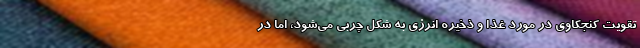
تقویت کنجکاوی در مورد غذا و ذخیره انرژی به شکل چربی می‌شود، اما در